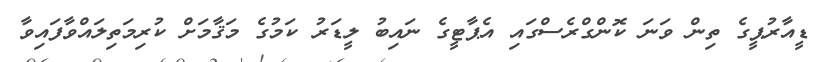
ޑީއާރުޕީގެ ތިން ވަނަ ކޮންގްރެސްގައި އެޕާޓީގެ ނައިބު ލީޑަރު ކަމުގެ މަޤާމަށް ކުރިމަތިލައްވާފައިވާ